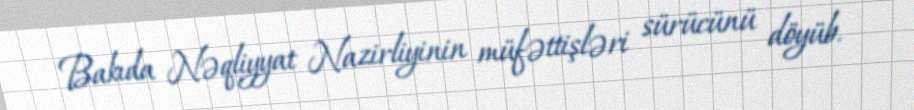
Bakıda Nəqliyyat Nazirliyinin müfəttişləri sürücünü döyüb.